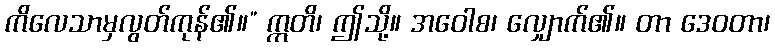
ကိလေသာမှလွတ်ကုန်၏။” ဣတိ၊ ဤသို့။ အဝေါစ၊ လျှောက်၏။ တာ ဒေဝတာ၊